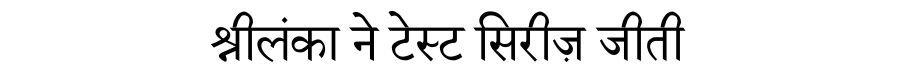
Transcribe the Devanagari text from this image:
श्रीलंका ने टेस्ट सिरीज़ जीती